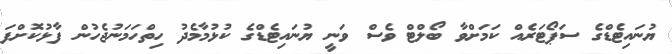
ޔުނައިޓެޑްގެ ސަޕޯޓަރެއް ކަމަށްވާ ބޯލްޓް ވެސް ވަނީ ޔުނައިޓެޑްގެ ކުޅުމާމެދު ހިތްހަަމަނުޖެހުން ފާޅުކޮށްފަ